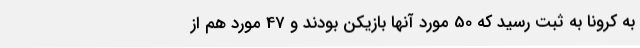
به کرونا به ثبت رسید که 50 مورد آنها بازیکن بودند و 47 مورد هم از